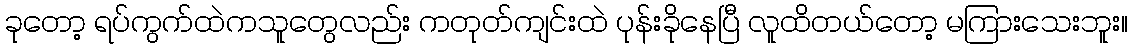
ခုတော့ ရပ်ကွက်ထဲကသူတွေလည်း ကတုတ်ကျင်းထဲ ပုန်းခိုနေပြီ လူထိတယ်တော့ မကြားသေးဘူး။